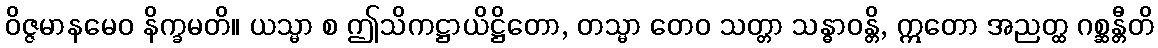
ဝိဇ္ဇမာနမေဝ နိက္ခမတိ။ ယသ္မာ စ ဤသိကဋ္ဌာယိဋ္ဌိတော, တသ္မာ တေဝ သတ္တာ သန္ဓာဝန္တိ, ဣတော အညတ္ထ ဂစ္ဆန္တီတိ